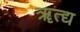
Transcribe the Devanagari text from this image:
ॠत्द्य